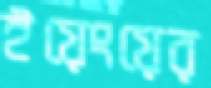
ইয়েংয়ের